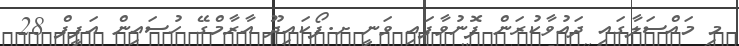
މި މައްސަލާގައި ދައުވާކުރަން ފޮނުވާފައި ވަނީ ށ.ފޯކައިދޫ އާރާމްގޭ ހުސައިން އަފީފް 28